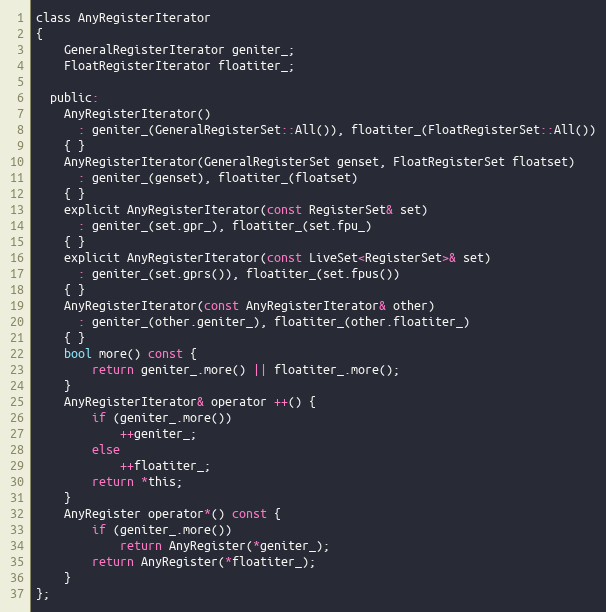
Language: C
class AnyRegisterIterator
{
    GeneralRegisterIterator geniter_;
    FloatRegisterIterator floatiter_;

  public:
    AnyRegisterIterator()
      : geniter_(GeneralRegisterSet::All()), floatiter_(FloatRegisterSet::All())
    { }
    AnyRegisterIterator(GeneralRegisterSet genset, FloatRegisterSet floatset)
      : geniter_(genset), floatiter_(floatset)
    { }
    explicit AnyRegisterIterator(const RegisterSet& set)
      : geniter_(set.gpr_), floatiter_(set.fpu_)
    { }
    explicit AnyRegisterIterator(const LiveSet<RegisterSet>& set)
      : geniter_(set.gprs()), floatiter_(set.fpus())
    { }
    AnyRegisterIterator(const AnyRegisterIterator& other)
      : geniter_(other.geniter_), floatiter_(other.floatiter_)
    { }
    bool more() const {
        return geniter_.more() || floatiter_.more();
    }
    AnyRegisterIterator& operator ++() {
        if (geniter_.more())
            ++geniter_;
        else
            ++floatiter_;
        return *this;
    }
    AnyRegister operator*() const {
        if (geniter_.more())
            return AnyRegister(*geniter_);
        return AnyRegister(*floatiter_);
    }
};